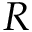
R